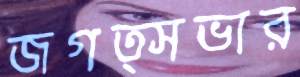
জগত্সভার